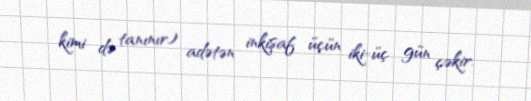
kimi də tanınır) adətən inkişaf üçün iki-üç gün çəkir.